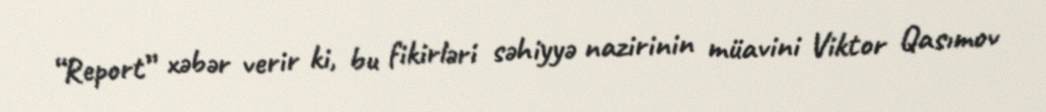
“Report” xəbər verir ki, bu fikirləri səhiyyə nazirinin müavini Viktor Qasımov